Annual administration report of the Civil Veterinary Department of India - 1893-1894
Year: 1893
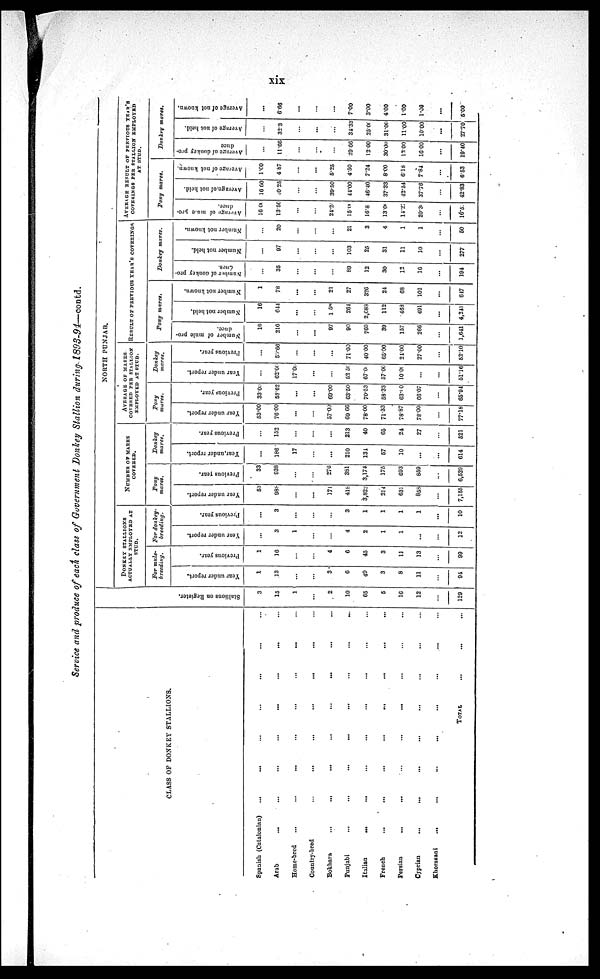
xix
Service and produce of each class of Government Donkey Stallion during 1893-94—contd.
CLASS OF DONKEY STALLIONS.
Spanish (Catalonian) ... ... ... ... ... ... ...
Arab
...
...
...
...
...
...
...
...
Home-bred ... ... ... ... ... ... ... ...
Country-bred ... ... ... ... ... ... ... ...
Bokhara
...
...
...
...
...
...
...
...
Punjabi ... ... ... ... ... ... ... ...
Italian ... ... ... ... ... ... ... ...
French ... ... ... ... ... ... ... ...
Persian ... ... ... ... ... ... ... ...
Cyprian ... ... ... ... ... ... ... ...
Khorasani ... ... ... ... ... ... ... ...
TOTAL
...
...
...
St al l
i
ons on Regi s t
er .
3
15
1
...
2
10
65
5
16
12
...
129
NORTH PUNJAB.
DONKEY STALLIONS
ACTUALLY EMPLOYED AT
STUD.
For mule-
breeding.
Year under report.
1
13
...
...
3
6
49
3
8
11
...
94
Previous year.
1
16
...
...
4
6
45
3
11
13
...
99
For donkey-
breeding.
Year under report.
...
3
1
...
...
4
2
1
1
...
...
12
Previous year.
...
3
...
...
...
3
1
1
1
1
...
10
NUMBER OF MARES
COVERED.
Pony
mares.
Year under report.
53
988
...
...
171
418
3,822
214
631
858
...
7,155
Previous year.
33
938
...
...
276
381
3,174
175
693
859
...
6,529
Donkey
mares.
Year under report.
...
186
17
...
...
210
134
57
10
...
...
614
Previous year.
...
152
...
...
...
213
40
65
24
27
...
521
AVERAGE OF MARES
COVERED PER STALLION
EMPLOYED AT STUD.
Pony
mares.
Year under report.
53.00
76.00
...
...
57.00
69.66
78.00
71.33
78.87
78.00
...
77.18
Previous year.
33.00
58.62
...
...
69.00
63.50
70.53
58.33
63.00
66.07
...
65.94
Donkey
mares.
Year under report.
...
62.60
17.00
...
...
52.50
67.0
57.00
10.00
...
...
51.16
Previous year.
...
50.66
...
...
...
71.00
40.00
65.00
24.00
27.00
...
52.10
RESULT OF PREVIOUS YEAR'S COVERINGS.
Pony mares.
Number of mule pro-
duce.
16
216
...
...
97
90
760
39
157
266
...
1,641
Number not held.
16
644
...
...
158
264
2,088
112
463
491
...
4,241
Number not known.
1
78
...
...
21
27
326
24
68
102
...
647
Donkey mares.
Number
of donkey pro-
duce.
...
35
...
...
...
89
12
30
12
16
...
194
Number not held.
...
97
...
...
...
103
25
31
11
10
...
277
Number not known.
...
20
...
...
...
21
3
4
1
1
...
50
AVERAGE BESOM OF PREVIOUS YEAR'S
COVERINGS PER STALLION EMPLOYED
AT STUD.
Pony mares.
Average of mule pro-
duce.
16 00
13.50
...
...
24.2
15.00
16.8
13.00
14.27
20.30
...
16.5
Average
of not held.
16 00
40.25
...
...
39.50
44.00
46.40
37.33
42.54
37.76
...
42.83
Average of not known.
1.00
4.87
...
...
5.25
4.50
7.24
8.00
6.18
7.84
...
6.53
Donkey mares.
Average of donkey pro-
duce
...
11.66
...
...
...
29.66
12.00
30.00
12.00
16.00
...
19.40
Average of not held.
...
32.3
...
...
...
34.33
25.00
31.00
11.00
10.00
...
27.70
Average of not known.
...
6.66
...
...
...
7.00
3.00
4.00
1.00
1.00
...
5.00